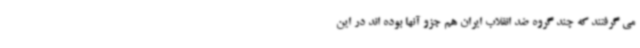
می گرفتند که چند گروه ضد انقلاب ایران هم جزو آنها بوده اند در این